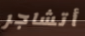
أتشاجر